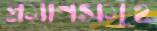
প্রমাণসমূহ